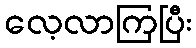
လေ့လာကြပြီး